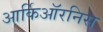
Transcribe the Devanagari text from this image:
आर्किऑरनिस